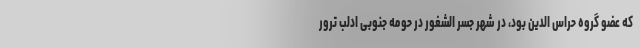
که عضو گروه حراس الدین بود، در شهر جسر الشغور در حومه جنوبی ادلب ترور